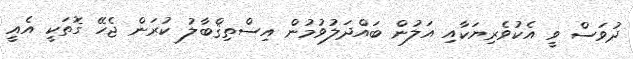
ދުވަސް ވީ އެކުވެރިޔަކާއި އަލުން ބައްދަލުވުމުން އިސްތިޤްބާލު ކުރަން ޖެހޭ ގޮތަކީ އެއީ